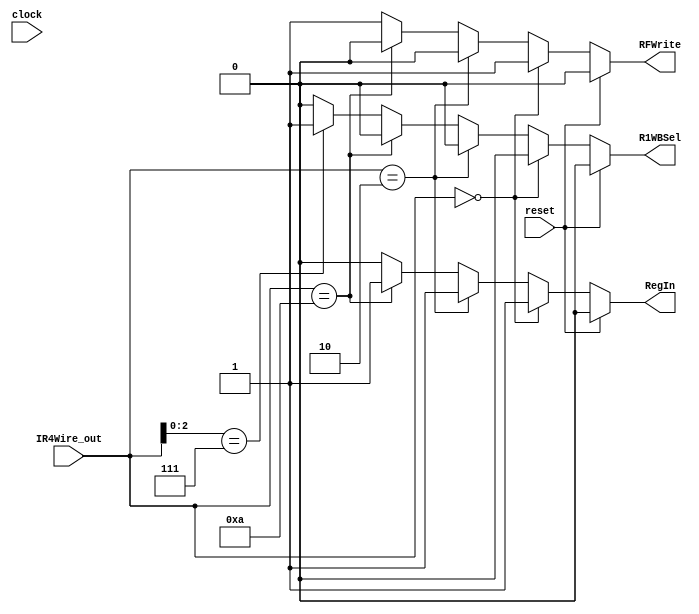

module WBControl
(
	clock, reset, RegIn, RFWrite, IR4Wire_out, R1WBSel
);
	//Regin should be 0 for all cases except load 
	input clock, reset;
	input [3:0] IR4Wire_out;
	output  RegIn, RFWrite, R1WBSel;
	reg RegIn, RFWrite, R1WBSel;
	always @ (*)
	begin
		if(reset)
		begin
			RFWrite <= 0;
			RegIn <= 0 ;
			R1WBSel <= 0;
		
		end
		else if (IR4Wire_out[3:0] == 4'b0000) //load instruction
		begin
			RFWrite <= 1;
			RegIn <= 1;
			R1WBSel <= 0;
		end
		else if (IR4Wire_out[3:0] == 4'b0010) //store instruction
		begin 
			RFWrite <= 0;
			RegIn <= 1;
			R1WBSel <= 0;
		end
		else if (IR4Wire_out[3:0] == 4'b1010)//nop
		begin
			RFWrite <= 0;
			RegIn <= 1;
			R1WBSel <= 0;
		end
		else if (IR4Wire_out[2:0] == 3'b111) // ori
		begin
			RFWrite <= 1;
			RegIn <= 0;
			R1WBSel <= 1;
			
		end
		else
		begin
			RFWrite <= 1;
			RegIn <= 0;
			R1WBSel <= 0;
		end
	end
endmodule